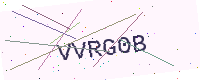
Text: VVRG0B